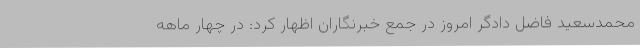
محمدسعید فاضل دادگر امروز در جمع خبرنگاران اظهار کرد: در چهار ماهه